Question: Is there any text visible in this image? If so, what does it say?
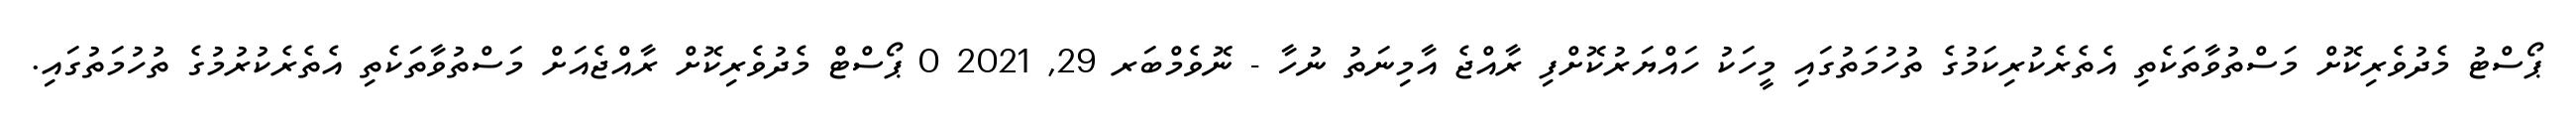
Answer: ޕޯސްޓު މެދުވެރިކޮށް މަސްތުވާތަކެތި އެތެރެކުރިކަމުގެ ތުހުމަތުގައި މީހަކު ހައްޔަރުކޮށްފި ރާއްޖެ އާމިނަތު ނުހާ - ނޮވެމްބަރ 29, 2021 0 ޕޯސްޓް މެދުވެރިކޮށް ރާއްޖެއަށް މަސްތުވާތަކެތި އެތެރެކުރުމުގެ ތުހުމަތުގައި.